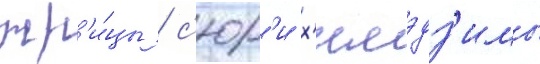
жр'и́цы / с'юр'и х'имэдз'имы